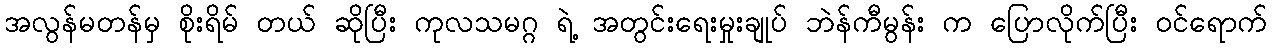
အလွန်မတန်မှ စိုးရိမ် တယ် ဆိုပြီး ကုလသမဂ္ဂ ရဲ့ အတွင်းရေးမှုးချုပ် ဘဲန်ကီမွန်း က ပြောလိုက်ပြီး ဝင်ရောက်